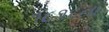
૧૮૧૬ના